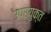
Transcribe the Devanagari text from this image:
उपरयुक्त